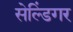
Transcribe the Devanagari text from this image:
सेल्डिंगर